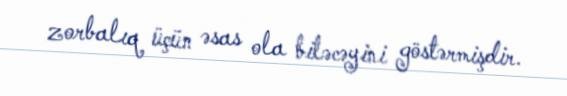
zorbalıq üçün əsas ola biləcəyini göstərmişdir.